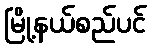
မြို့နယ်စည်ပင်